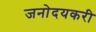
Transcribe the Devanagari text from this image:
जनोदयकरी